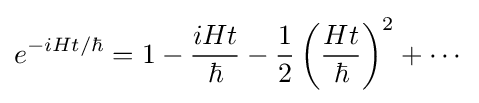
e^{-iHt/\hbar }=1-{\frac {iHt}{\hbar }}-{\frac {1}{2}}\left({\frac {Ht}{\hbar }}\right)^{2}+\cdots